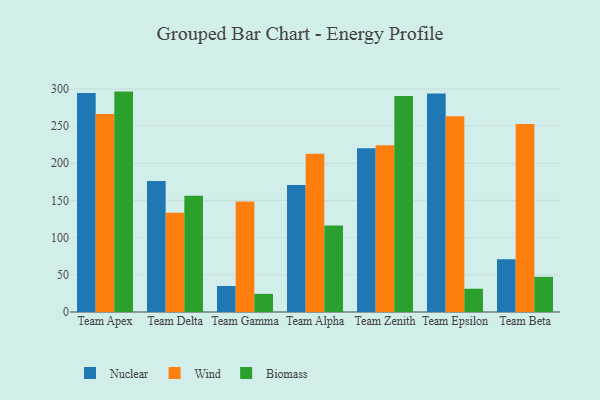
{"axis": {"x": "Team", "y": "Operating Costs (USD K)"}, "legend": ["Biomass", "Nuclear", "Wind"], "data": [{"x": "Team Apex", "y": 294.6, "type": "Nuclear"}, {"x": "Team Apex", "y": 266.3, "type": "Wind"}, {"x": "Team Apex", "y": 296.4, "type": "Biomass"}, {"x": "Team Delta", "y": 176.3, "type": "Nuclear"}, {"x": "Team Delta", "y": 133.6, "type": "Wind"}, {"x": "Team Delta", "y": 156.3, "type": "Biomass"}, {"x": "Team Gamma", "y": 35.0, "type": "Nuclear"}, {"x": "Team Gamma", "y": 148.7, "type": "Wind"}, {"x": "Team Gamma", "y": 24.4, "type": "Biomass"}, {"x": "Team Alpha", "y": 170.9, "type": "Nuclear"}, {"x": "Team Alpha", "y": 212.9, "type": "Wind"}, {"x": "Team Alpha", "y": 116.4, "type": "Biomass"}, {"x": "Team Zenith", "y": 220.1, "type": "Nuclear"}, {"x": "Team Zenith", "y": 224.4, "type": "Wind"}, {"x": "Team Zenith", "y": 290.6, "type": "Biomass"}, {"x": "Team Epsilon", "y": 293.7, "type": "Nuclear"}, {"x": "Team Epsilon", "y": 263.1, "type": "Wind"}, {"x": "Team Epsilon", "y": 31.3, "type": "Biomass"}, {"x": "Team Beta", "y": 71.1, "type": "Nuclear"}, {"x": "Team Beta", "y": 252.9, "type": "Wind"}, {"x": "Team Beta", "y": 47.3, "type": "Biomass"}]}